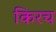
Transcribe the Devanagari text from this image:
किरच